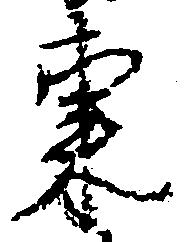
東